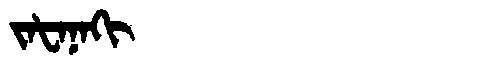
Manchu: ᠵᠠᡶᠠᠨᠠᡴᡳ
Romanization: JAFANAKI